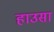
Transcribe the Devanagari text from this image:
हाउसा